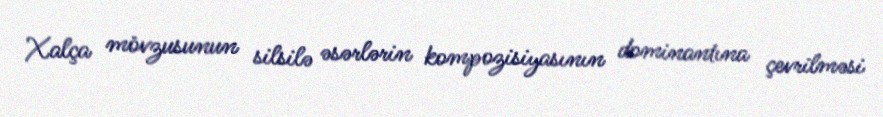
Xalça mövzusunun silsilə əsərlərin kompozisiyasının dominantına çevrilməsi